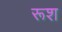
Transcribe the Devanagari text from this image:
रूश